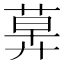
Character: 𦳕